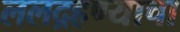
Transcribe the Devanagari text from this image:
ललद्रहण्याचा